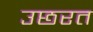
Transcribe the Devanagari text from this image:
उछरत